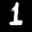
Label: 1